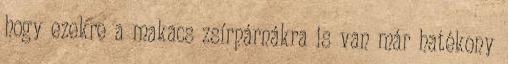
hogy ezekre a makacs zsírpárnákra is van már hatékony